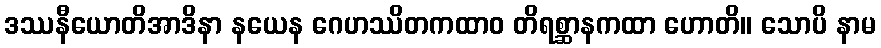
ဒဿနီယောတိအာဒိနာ နယေန ဂေဟဿိတကထာဝ တိရစ္ဆာနကထာ ဟောတိ။ သောပိ နာမ